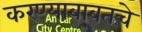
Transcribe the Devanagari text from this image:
करण्याबाबतचे